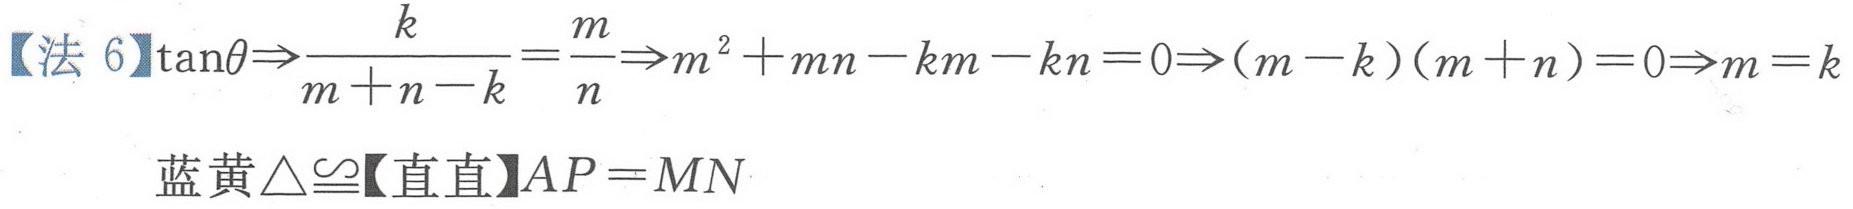
【法 6】$\tan\theta\Rightarrow\frac{k}{m + n - k}=\frac{m}{n}\Rightarrow m^{2}+mn - km - kn = 0\Rightarrow(m - k)(m + n)=0\Rightarrow m = k$

蓝黄$\triangle\cong$【直直】$AP = MN$